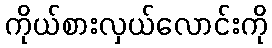
ကိုယ်စားလှယ်လောင်းကို